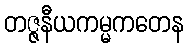
တဇ္ဇနီယကမ္မကတေန